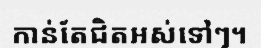
កាន់តែជិតអស់ទៅៗ។